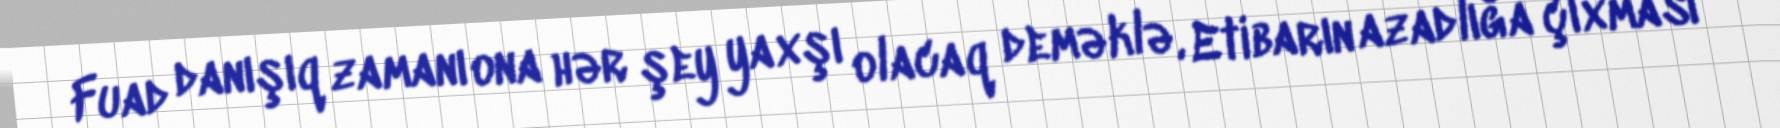
Fuad danışıq zamanı ona hər şey yaxşı olacaq deməklə, Etibarın azadlığa çıxması